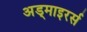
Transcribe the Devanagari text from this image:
अड्माइरर्स